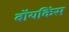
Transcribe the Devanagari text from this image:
बॉयकिंस